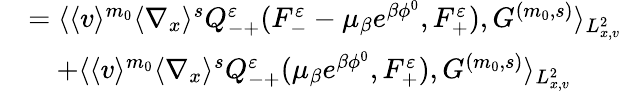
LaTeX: \begin{array}{rl}&{=\langle\langle v\rangle^{m_{0}}\langle\nabla_{x}\rangle^{s}Q_{-+}^{\varepsilon}(F_{-}^{\varepsilon}-\mu_{\beta}e^{\beta\phi^{0}},F_{+}^{\varepsilon}),G^{(m_{0},s)}\rangle_{L_{x,v}^{2}}}\\ &{\quad+\langle\langle v\rangle^{m_{0}}\langle\nabla_{x}\rangle^{s}Q_{-+}^{\varepsilon}(\mu_{\beta}e^{\beta\phi^{0}},F_{+}^{\varepsilon}),G^{(m_{0},s)}\rangle_{L_{x,v}^{2}}}\end{array}